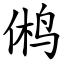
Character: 鸺